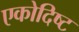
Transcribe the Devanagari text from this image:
एकोदिष्ट